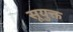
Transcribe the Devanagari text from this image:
सूयुक्त